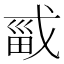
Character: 𫻾